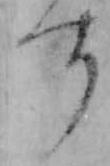
す